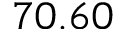
7 0 . 6 0